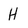
Character: H